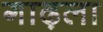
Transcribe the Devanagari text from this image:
गाढ़ला